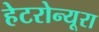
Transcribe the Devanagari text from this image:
हेटरोन्यूरा